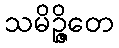
သမိဉ္ဇိတေ